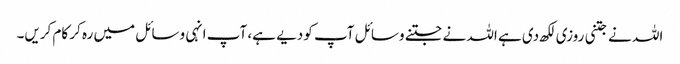
اللہ نے جتنی روزی لکھ دی ہے اللہ نے جتنے وسائل آپ کو دیے ہے، آپ انہی وسائل میں رہ کر کام کریں۔